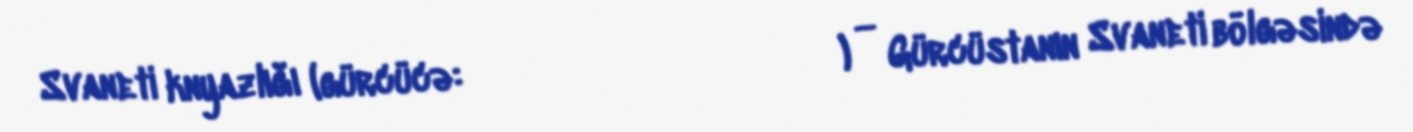
Svaneti knyazlığı (gürcücə:სვანეთის სამთავრო) — Gürcüstanın Svaneti bölgəsində